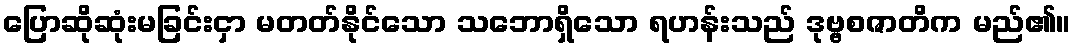
ပြောဆိုဆုံးမခြင်းငှာ မတတ်နိုင်သော သဘောရှိသော ရဟန်းသည် ဒုဗ္ဗစဇာတိက မည်၏။